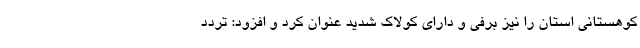
کوهستانی استان را نیز برفی و دارای کولاک شدید عنوان کرد و افزود: تردد